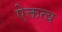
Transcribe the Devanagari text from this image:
ऐक्तत्व